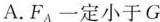
A.F_{A}一定小于G